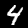
Digit: 4